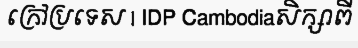
ក្រៅប្រទេស | IDP Cambodiaសិក្សាពី